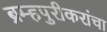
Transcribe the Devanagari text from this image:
ब्रम्हपुरीकरांचा